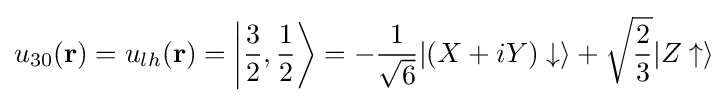
u_{30}(\mathbf {r} )=u_{lh}(\mathbf {r} )=\left|{\frac {3}{2}},{\frac {1}{2}}\right\rangle =-{\frac {1}{\sqrt {6}}}|(X+iY)\downarrow \rangle +{\sqrt {\frac {2}{3}}}|Z\uparrow \rangle